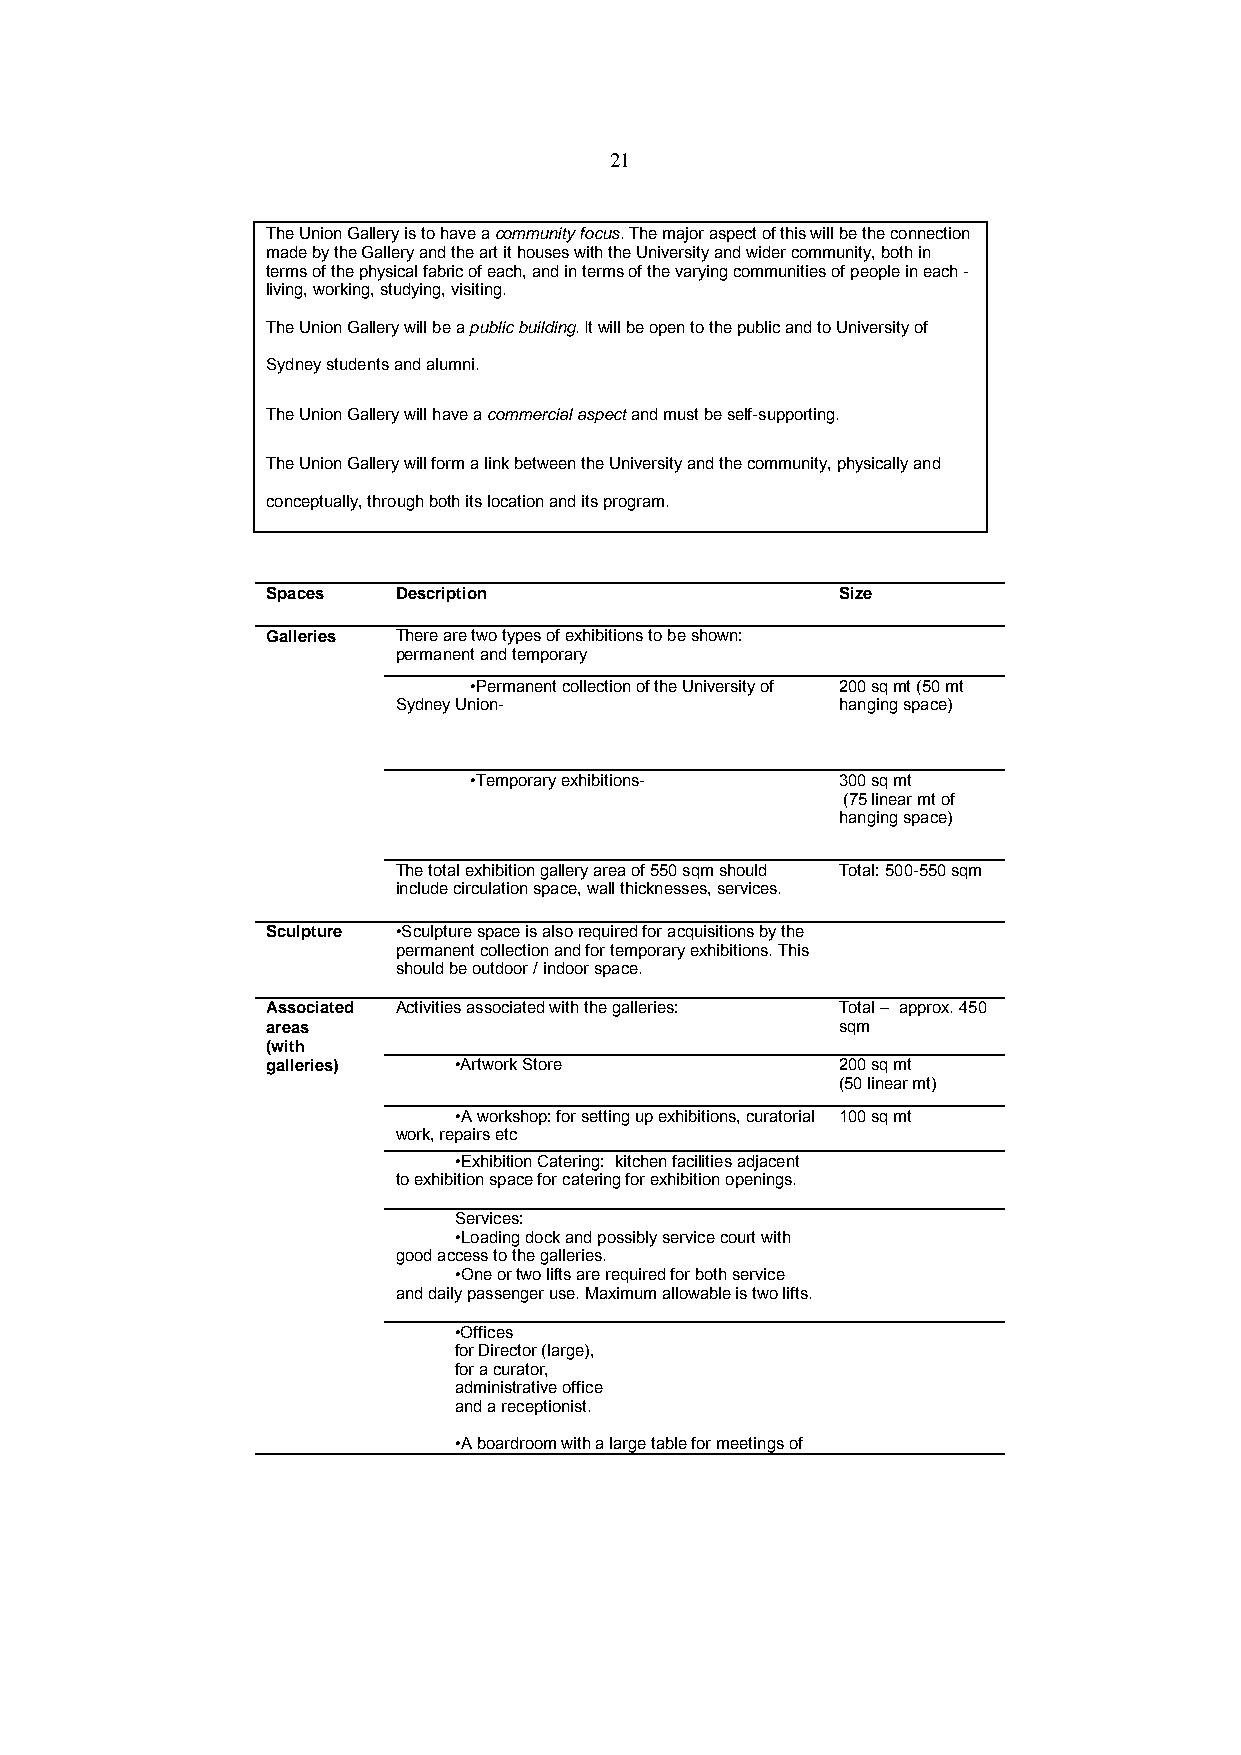
21
 The Union Gallery is to have a community focus. The major aspect of this will be the connection
 made by the Gallery and the art it houses with the University and wider community, both in
 terms of the physical fabric of each, and in terms of the varying communities of people in each -
 living, working, studying, visiting.
 The Union Gallery will be a public building. It will be open to the public and to University of
 Sydney students and alumni.
 The Union Gallery will have a commercial aspect and must be self-supporting.
 The Union Gallery will form a link between the University and the community, physically and
 conceptually, through both its location and its program.
 Spaces  Description                   Size
 Galleries There are two types of exhibitions to be shown:
 permanent and temporary
 •Permanent collection of the University of 200 sq mt (50 mt
 Sydney Union-                hanging space)
 •Temporary exhibitions- 300 sq mt
 (75 linear mt of
 hanging space)
 The total exhibition gallery area of 550 sqm should Total: 500-550 sqm
 include circulation space, wall thicknesses, services.
 Sculpture •Sculpture space is also required for acquisitions by the
 permanent collection and for temporary exhibitions. This
 should be outdoor / indoor space.
 Associated Activities associated with the galleries: Total – approx. 450
 areas                                sqm
 (with
 galleries)  •Artwork Store           200 sq mt
 (50 linear mt)
 •A workshop: for setting up exhibitions, curatorial 100 sq mt
 work, repairs etc
 •Exhibition Catering: kitchen facilities adjacent
 to exhibition space for catering for exhibition openings.
 Services:
 •Loading dock and possibly service court with
 good access to the galleries.
 •One or two lifts are required for both service
 and daily passenger use. Maximum allowable is two lifts.
 •Offices
 for Director (large),
 for a curator,
 administrative office
 and a receptionist.
 •A boardroom with a large table for meetings of